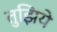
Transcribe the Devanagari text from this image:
तुझिये